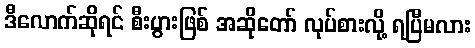
ဒီလောက်ဆိုရင် စီးပွားဖြစ် အဆိုတော် လုပ်စားလို့ ရပြီမလား